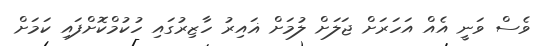
ވެސް ވަނީ އެއް އަހަރަށް ޖަލަށް ލުމަށް ޣައިރު ހާޒިރުގައި ހުކުމްކޮށްފައި ކަމަށް